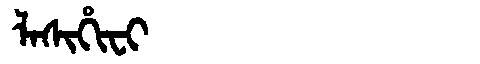
Manchu: ᠯᠠᠰᡳᡥᡳᠸᡳ
Romanization: LASIHIFI